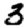
Digit: 3